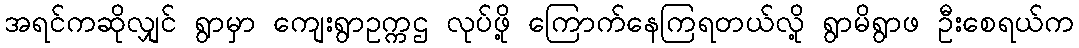
အရင်ကဆိုလျှင် ရွာမှာ ကျေးရွာဥက္ကဌ လုပ်ဖို့ ကြောက်နေကြရတယ်လို့ ရွာမိရွာဖ ဦးစေရယ်က